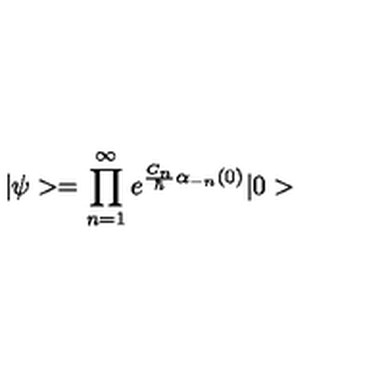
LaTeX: | \psi > = \prod _ { n = 1 } ^ { \infty } e ^ { { \frac { C _ { n } } { \hbar } } \alpha _ { - n } ( 0 ) } | 0 >